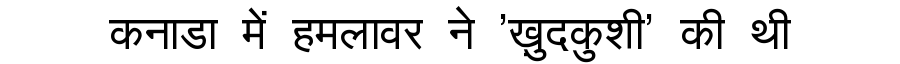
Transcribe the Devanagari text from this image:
कनाडा में हमलावर ने 'ख़ुदकुशी' की थी